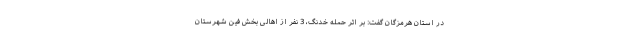
در استان هرمزگان گفت: بر اثر حمله خدنگ، 3 نفر از اهالی بخش فین شهرستان